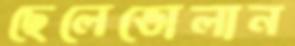
ছেলেভোলান